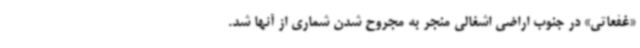
«غفعاتی» در جنوب اراضی اشغالی منجر به مجروح شدن شماری از آنها شد.